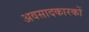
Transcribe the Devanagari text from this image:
अवसादकारकों